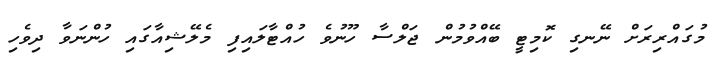
މުގައްރިރަށް ނޭނގި ކޮމިޓީ ބޭއްވުމުން ޖަލްސާ ހޫނުވެ ހުއްޓާލައިފި މެލޭޝިއާގައި ހުންނަވާ ދިވެހި